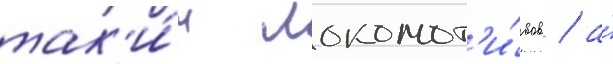
так'и́х локомот'и́вов / а́